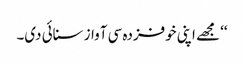
‘‘ مجھے اپنی خوفزدہ سی آواز سنائی دی۔